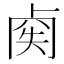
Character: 𠧿